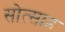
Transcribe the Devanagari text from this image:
सोत्साह